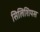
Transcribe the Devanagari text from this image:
सिलिशियस